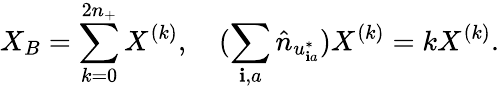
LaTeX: X_{B}=\sum_{k=0}^{2n_{+}}X^{(k)},\quad(\sum_{\mathbf{i},a}\hat{{n}}_{u_{\mathbf{i}a}^{*}})X^{(k)}=kX^{(k)}.